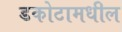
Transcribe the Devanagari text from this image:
डकोटामधील